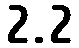
2.2